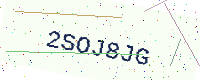
Text: 2SOJ8JG